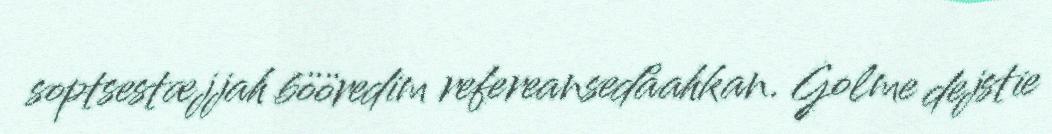
soptsestæjjah bööredim refereansedåahkan. Golme dejstie